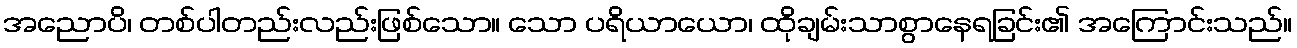
အညောပိ၊ တစ်ပါတည်းလည်းဖြစ်သော။ သော ပရိယာယော၊ ထိုချမ်းသာစွာနေရခြင်း၏ အကြောင်းသည်။